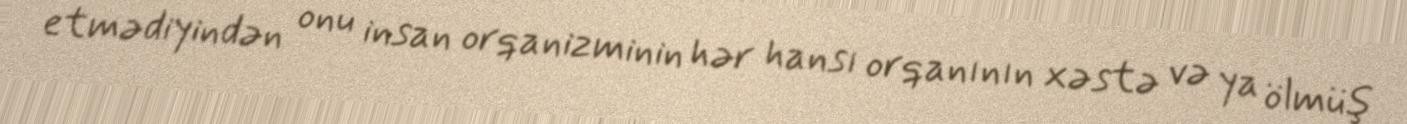
etmədiyindən onu insan orqanizminin hər hansı orqanının xəstə və ya ölmüş